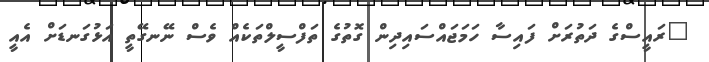
"ރައީސްގެ ދަތުރަށް ފައިސާ ހަމަޖައްސައިދިން ގޮތުގެ ތަފްސީލްތަކެއް ވެސް ނޭނގޭތީ އަޅުގަނޑަށް އެއީ